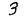
Digit: 3